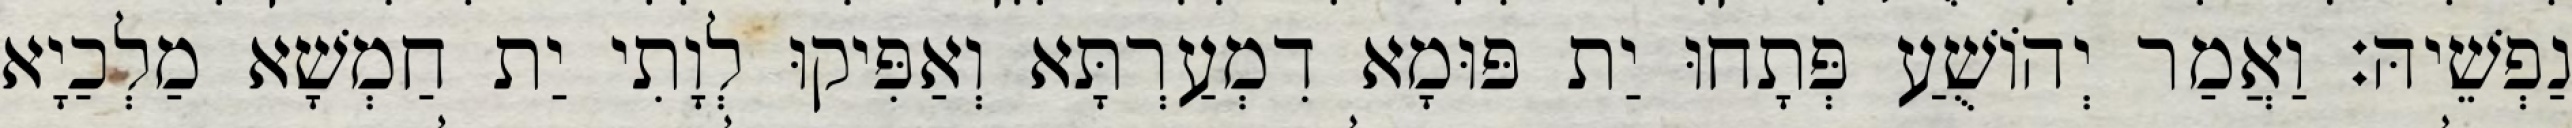
נַפְשֵׁיהּ׃ וַאֲמַר יְהוֹשֻׁעַ פְּתָחוּ יַת פּוּמָא דִמְעַרְתָּא וְאַפִּיקוּ לְוָתִי יַת חַמְשָׁא מַלְכַיָא